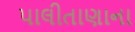
પાલીતાણાના